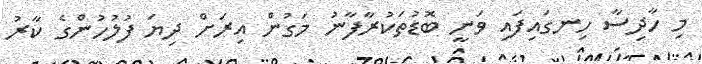
މި ހާދިސާ ހިނގައިފައި ވަނީ ބޮޑުތަކުރާފާނު މަގުން އިރަށް ދިޔަ ފުލުހުންގެ ކާރު